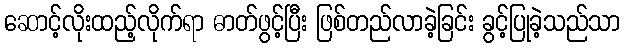
ဆောင့်လိုးထည့်လိုက်ရာ ဓာတ်ဖွင့်ပြီး ဖြစ်တည်လာခဲ့ခြင်း ခွင့်ပြုခဲ့သည်သာ